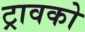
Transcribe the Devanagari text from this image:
ट्रावको